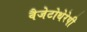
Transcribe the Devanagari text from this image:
वैजेटोथेरेपी